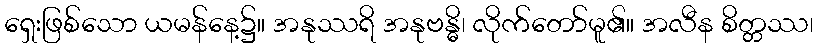
ရှေးဖြစ်သော ယမန်နေ့၌။ အနုဿရိ အနုဗန္ဓိ၊ လိုက်တော်မူ၏။ အလီန စိတ္တဿ၊